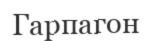
Гарпагон